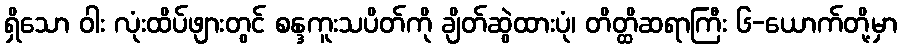
ရှိသော ဝါး လုံးထိပ်ဖျားတွင် စန္ဒကူးသပိတ်ကို ချိတ်ဆွဲထားပုံ၊ တိတ္ထိဆရာကြီး ၆-ယောက်တို့မှာ